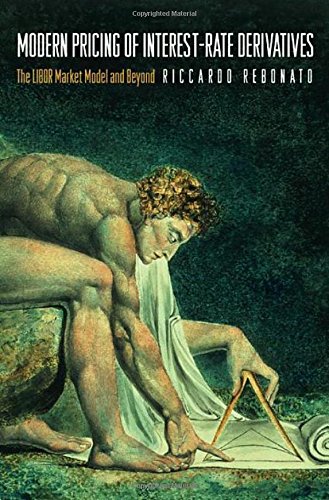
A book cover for Modern Pricing of Interest-Rate Derivatives: The LIBOR Market Model and Beyond; Riccardo Rebonato; Business & Money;